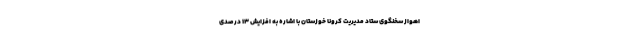
اهواز سخنگوی ستاد مدیریت کرونا خوزستان با اشاره به افزایش ۱۳ درصدی